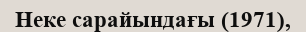
Неке сарайындағы (1971),